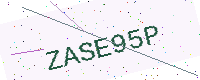
Text: ZASE95P